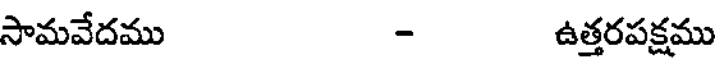
సామవేదము - ఉత్తరపక్షము